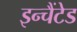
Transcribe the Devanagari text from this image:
इन्चैंटेड